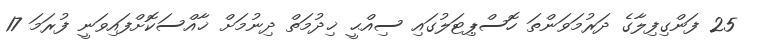
25 ފަންގިފިލާގެ ދަރުމަވަންތަ ހޮސްޕިޓަލުގައި ސިއްޙީ ޚިދުމަތް ދިނުމަށް ޚާއްސަކޮށްފައިވަނީ ފުރަަމަ 17